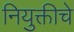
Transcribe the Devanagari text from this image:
नियुक्तीचे